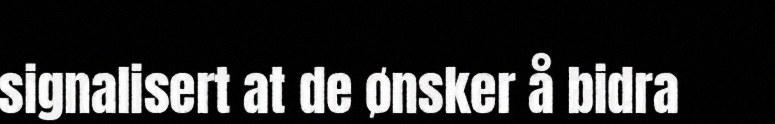
signalisert at de ønsker å bidra